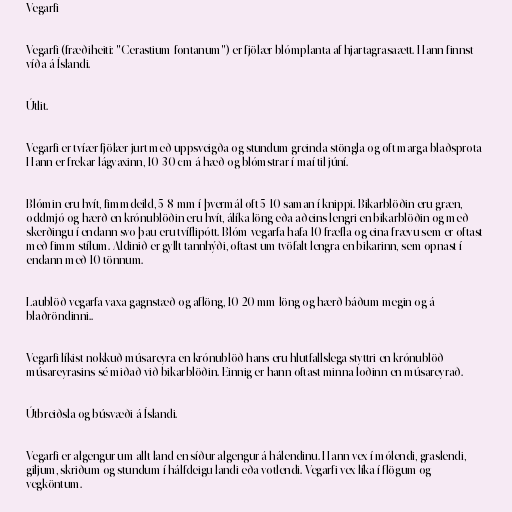
Vegarfi

Vegarfi (fræðiheiti: "Cerastium fontanum") er fjölær blómplanta af hjartagrasaætt. Hann finnst
víða á Íslandi.

Útlit.

Vegarfi er tvíær fjölær jurt með uppsveigða og stundum greinda stöngla og oft marga blaðsprota
Hann er frekar lágvaxinn, 10-30 cm á hæð og blómstrar í maí til júní.

Blómin eru hvít, fimmdeild, 5-8 mm í þvermál oft 5-10 saman í knippi. Bikarblöðin eru græn,
oddmjó og hærð en krónublöðin eru hvít, álíka löng eða aðeins lengri en bikarblöðin og með
skerðingu í endann svo þau eru tvíflipótt. Blóm vegarfa hafa 10 fræfla og eina frævu sem er oftast
með fimm stílum. Aldinið er gyllt tannhýði, oftast um tvöfalt lengra en bikarinn, sem opnast í
endann með 10 tönnum.

Laublöð vegarfa vaxa gagnstæð og aflöng, 10-20 mm löng og hærð báðum megin og á
blaðröndinni..

Vegarfi líkist nokkuð músareyra en krónublöð hans eru hlutfallslega styttri en krónublöð
músareyrasins sé miðað við bikarblöðin. Einnig er hann oftast minna loðinn en músareyrað.

Útbreiðsla og búsvæði á Íslandi.

Vegarfi er algengur um allt land en síður algengur á hálendinu. Hann vex í mólendi, graslendi,
giljum, skriðum og stundum í hálfdeigu landi eða votlendi. Vegarfi vex líka í flögum og
vegköntum.